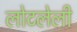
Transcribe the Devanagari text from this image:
लोटलेली